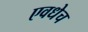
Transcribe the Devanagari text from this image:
एवधेच